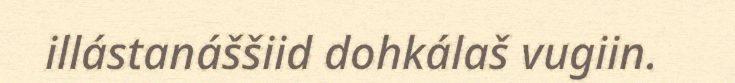
illástanáššiid dohkálaš vugiin.